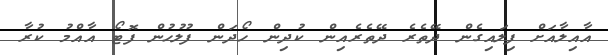
އާއިލާއަށް ފިލައިގެން ދޭތެރެ ދޭތެރެއިން ކުދިން ހޯދަން ފުލުހުން ފޮޓޯ އާއްމު ކުރާ